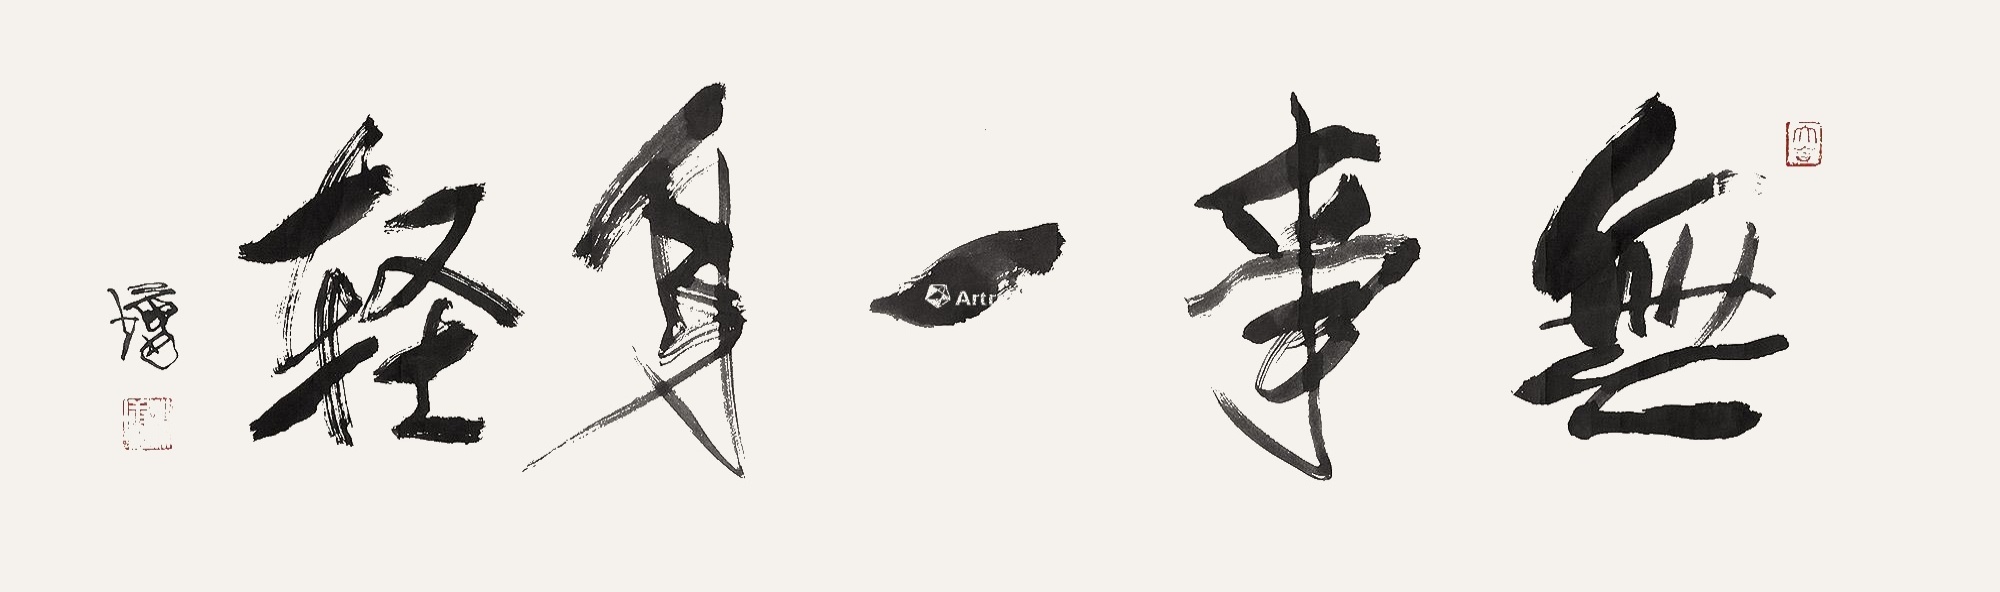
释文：无事一身轻林墉。